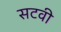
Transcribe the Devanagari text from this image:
सटवी